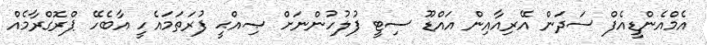
އެމްއެންޑީއެފް ސަދަން އޭރިއާއިން އައްޑޫ ސިޓީ ފުލުހުންނަށް ޞިއްޙީ ފުރަތަމައެހީ އާބެހޭ ޕްރޮގްރާމެއް